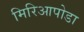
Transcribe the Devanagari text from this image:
मिरिआपोडा